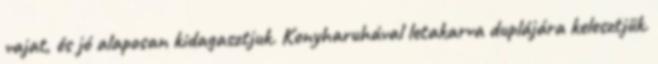
vajat, és jó alaposan kidagasztjuk. Konyharuhával letakarva duplájára kelesztjük.